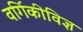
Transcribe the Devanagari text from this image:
वर्गिकीविज्ञ